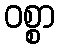
ဝစ္စာ